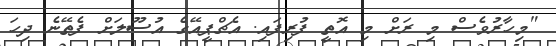
"މިހާރުވެސް މި ރަށް މި އޮތީ ފުރިފައި. އެޗްޕީއޭގެ އުސޫލަށް ފެތޭނެ ދިހަ